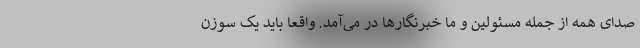
صدای همه از جمله مسئولین و ما خبرنگارها در می‌آمد. واقعا باید یک سوزن